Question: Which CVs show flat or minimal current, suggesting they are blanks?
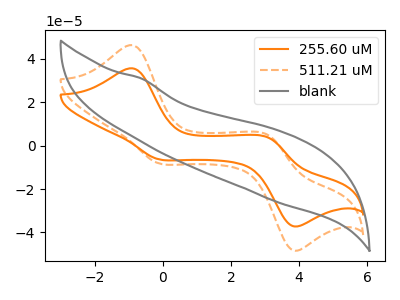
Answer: <think>The orange curve "255.60 uM" has anodic peaks at (-0.90V, 35.70uA) (3.10V, 3.75uA) and cathodic peaks at (-0.15V, -6.15uA) (3.80V, -36.90uA). The orange dashed curve "511.21 uM" has anodic peaks at (-0.90V, 46.35uA) (3.10V, 4.90uA) and cathodic peaks at (-0.15V, -8.00uA) (3.80V, -47.95uA). The gray curve "blank" has no peaks.</think>
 <answer>"blank" is likely to be a blank.</answer>
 <eval>blank</eval>